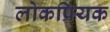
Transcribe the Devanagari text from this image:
लोकप्रियक